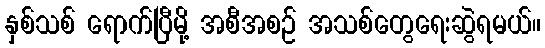
နှစ်သစ် ရောက်ပြီမို့ အစီအစဉ် အသစ်တွေရေးဆွဲရမယ်။